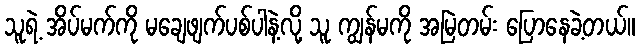
သူရဲ့ အိပ်မက်ကို မချေဖျက်ပစ်ပါနဲ့လို့ သူ ကျွန်မကို အမြဲတမ်း ပြောနေခဲ့တယ်။